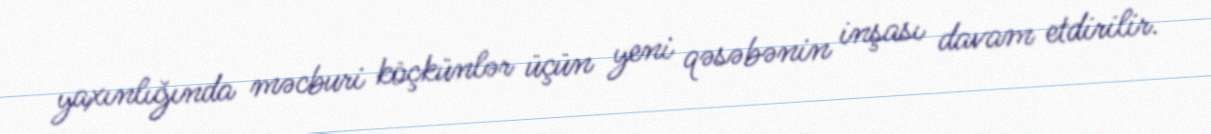
yaxınlığında məcburi köçkünlər üçün yeni qəsəbənin inşası davam etdirilir.